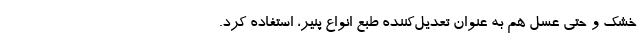
خشک و حتی عسل هم به عنوان تعدیل‌کننده طبع انواع پنیر، استفاده کرد.